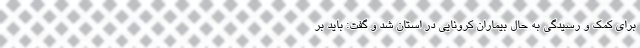
برای کمک و رسیدگی به حال بیماران کرونایی در استان شد و گفت: باید بر